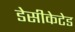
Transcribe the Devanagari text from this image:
डेसीकेटेड